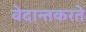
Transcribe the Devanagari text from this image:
वेदान्तकरते